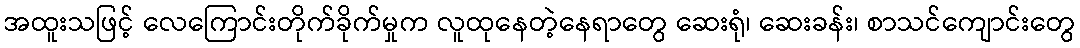
အထူးသဖြင့် လေကြောင်းတိုက်ခိုက်မှုက လူထုနေတဲ့နေရာတွေ ဆေးရုံ၊ ဆေးခန်း၊ စာသင်ကျောင်းတွေ